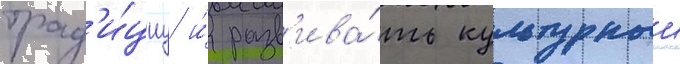
трад'и́циу и́ разв'ива́ть культурныи